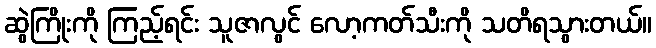
ဆွဲကြိုးကို ကြည့်ရင်း သူဇာလွင် လော့ကတ်သီးကို သတိရသွားတယ်။